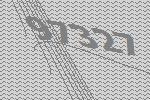
97327